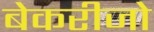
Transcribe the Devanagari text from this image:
बेकरीजो